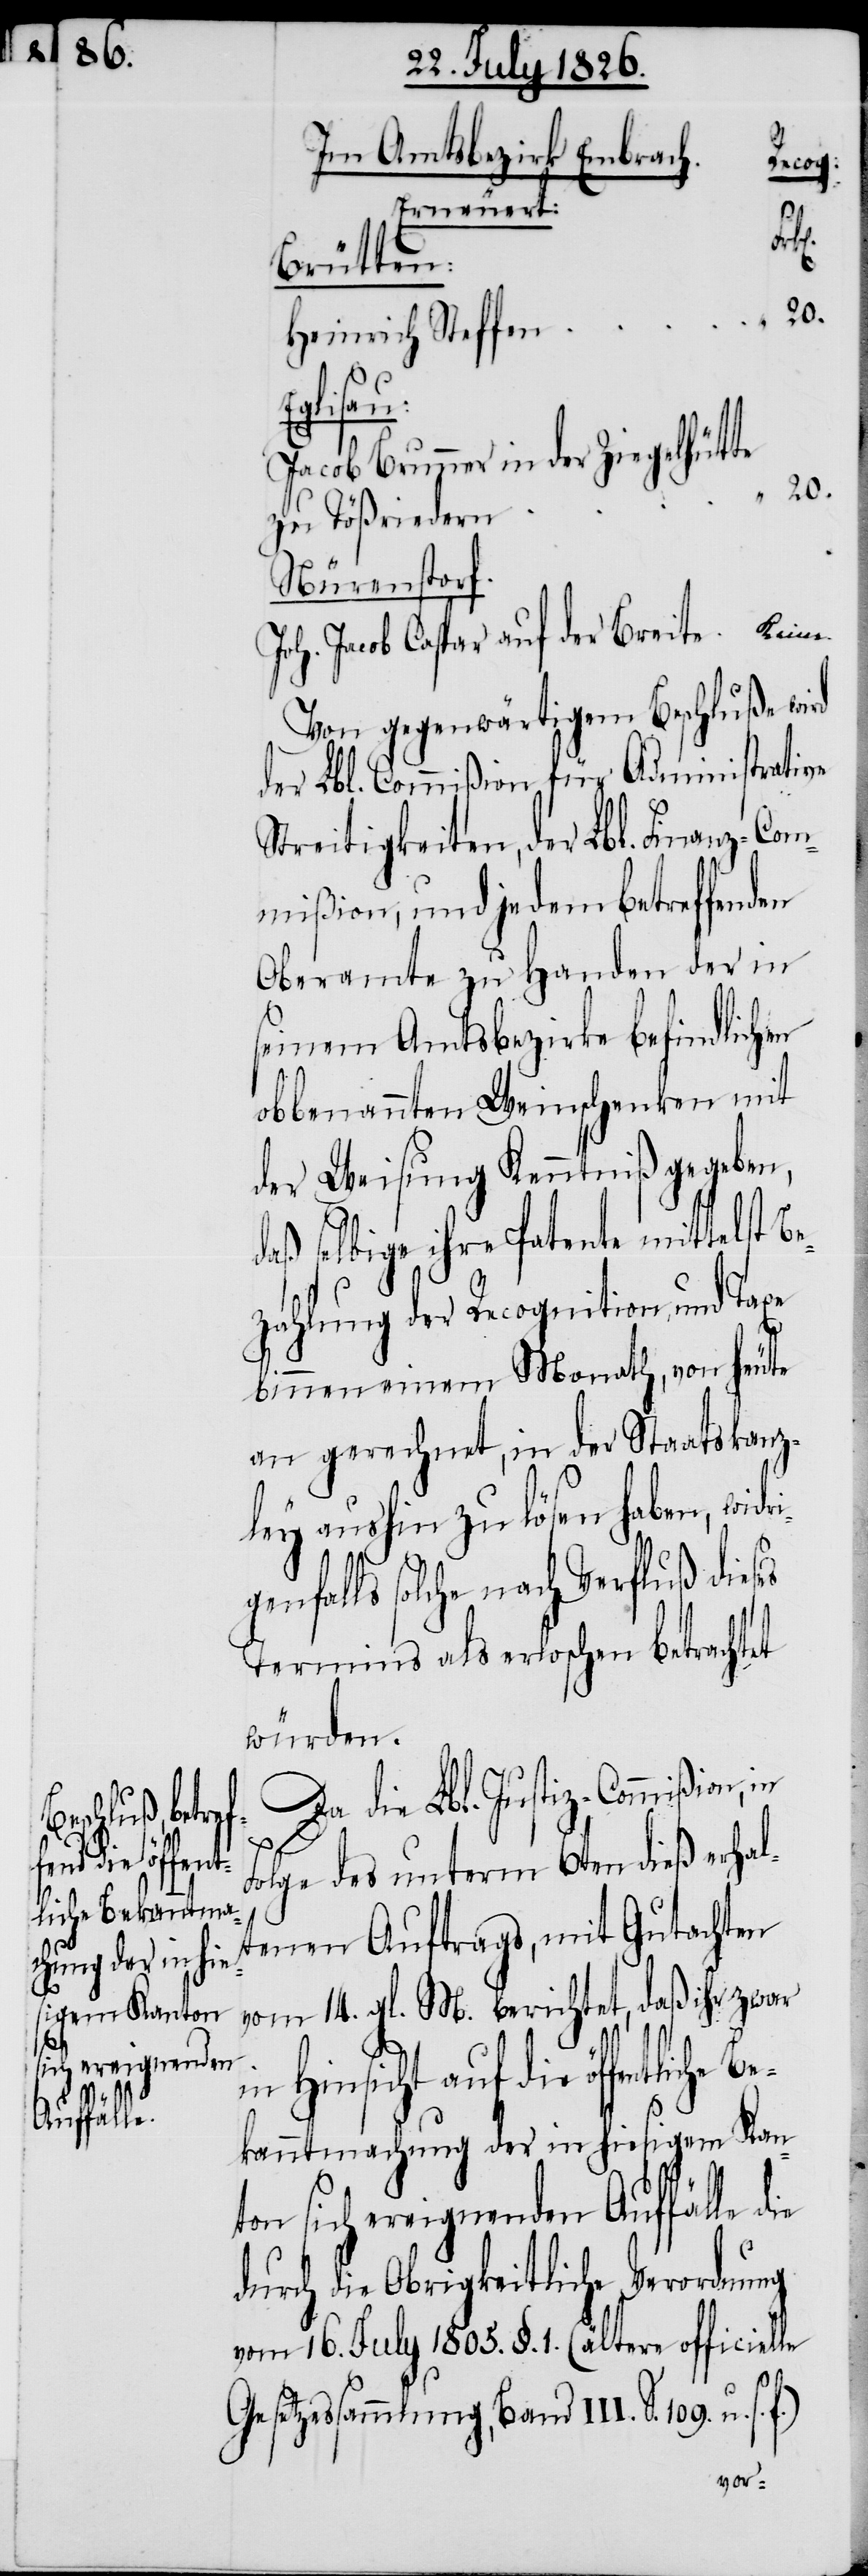
f.)

Im Amtsbezirk Embrach.
Recog:
Erneuert:
rig¬
Brütten:
20.
Heinrich Steffen
glisau:
Jacob Brunner in der Ziegelhütte
zu Tößriedern
Nürenstorf.
Joh. Jacob Caspar auf der Breite
Von gegenwärtigem Beschluß wird
der Lbl. Commißion für Administrative
Streitigkeiten, der Lbl. Finanz-Com¬
mißion, und jedem betreffenden
Oberamte zu Handen der in
seinem Amtsbezirke befindlichen
obbenannten Weinschenken mit
der Weisung Kenntniß gegeben,
daß selbige ihre Patente mittelst B¬
zahlung der Recognition und Taxe
binnen einem Monath, von heute
an gerechnet, in der Staatskanz¬
ley aushin zu lösen haben, wid¬
enfalls solche nach Verfluß dieses
Termins als erloschen betrachtet
würden.
Da die Lbl. Justiz-Commißion,
Folge des unterm 6ten dieß erhalt¬
enen Auftrags, mit Gutachten
vom 14. gl. M. berichtet, daß ihr zwar
in Hinsicht auf die öffentliche
Bekanntmachung der in hiesigem Kan¬
ton sich ereignenden Auffälle d¬
durch die Obrigkeitliche Verordnung
vom 16. July 1805. §. 1. (ältere officielle
Gesetzessammlung, Band III. S. 109.